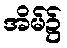
အိမ်၌